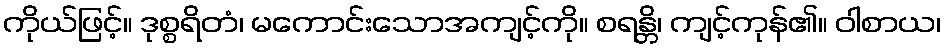
ကိုယ်ဖြင့်။ ဒုစ္စရိတံ၊ မကောင်းသောအကျင့်ကို။ စရန္တိ၊ ကျင့်ကုန်၏။ ဝါစာယ၊